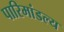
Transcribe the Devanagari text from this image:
पारिमांडल्य